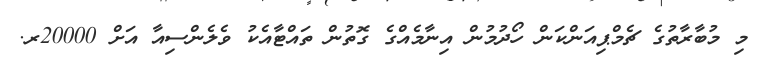
މި މުބާރާތުގެ ޗެމްޕިއަންކަން ހޯދުމުން އިނާމެއްގެ ގޮތުން ތައްޓާއެކު ވެލެންސިއާ އަށް 20000ރ.